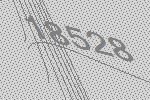
18528